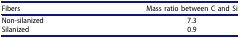
<table><thead><tr><td><b>Fibers</b></td><td><b>Mass ratio between C and Si</b></td></tr></thead><tbody><tr><td>Non-silanized</td><td>7.3</td></tr><tr><td>Silanized</td><td>0.9</td></tr></tbody></table>